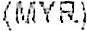
(MYR)